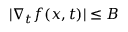
| \nabla _ { t } f ( x , t ) | \leq B